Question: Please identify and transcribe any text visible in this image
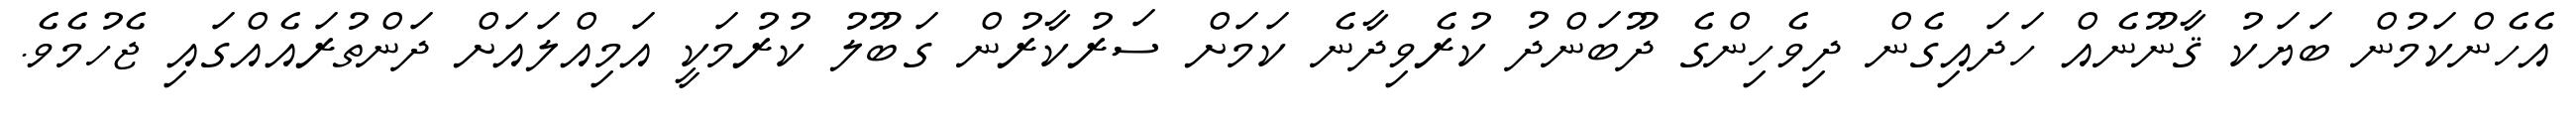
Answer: އެހެންކަމުން ބަޔަކު ޤާނޫނެއް ހަދައިގެން ދިވެހިންގެ ދޫބަންދު ކުރެވިދާނެ ކަމަށް ސަރުކާރުން ގަބޫލު ކުރުމަކީ އަމިއްލައަށް ދަންތުރައެއްގައި ޖެހުމެވެ.